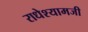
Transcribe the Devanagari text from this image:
राधेश्यामजी